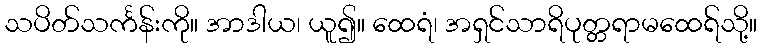
သပိတ်သင်္ကန်းကို။ အာဒါယ၊ ယူ၍။ ထေရံ၊ အရှင်သာရိပုတ္တရာမထေရ်သို့။